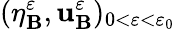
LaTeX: (\eta_{\mathbf{B}}^{\varepsilon},\mathbf{{u}}_{\mathbf{B}}^{\varepsilon})_{0<\varepsilon<\varepsilon_{0}}